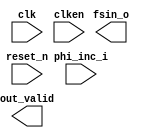

module nco_signal_gen (
	clk,
	clken,
	phi_inc_i,
	fsin_o,
	out_valid,
	reset_n);	

	input		clk;
	input		clken;
	input	[31:0]	phi_inc_i;
	output	[17:0]	fsin_o;
	output		out_valid;
	input		reset_n;
endmodule